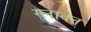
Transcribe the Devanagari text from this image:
स्लावेन